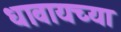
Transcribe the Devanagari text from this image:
धावायच्या